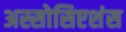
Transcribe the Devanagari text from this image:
अस्सोसिएशंस